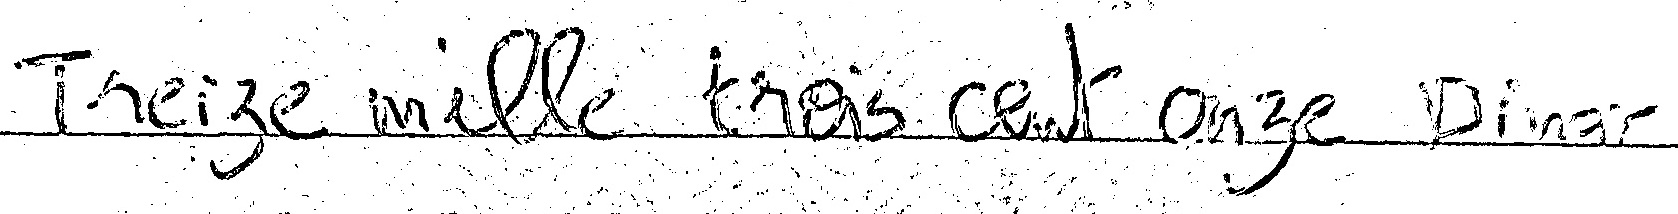
Treize mille trois cent onze Dinar